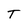
Character: T